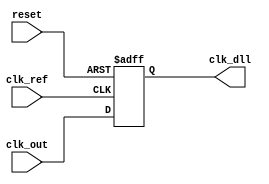
module dll (
    input wire clk_ref,          // Reference clock input
    input wire clk_out,          // Output clock
    input wire reset,            // Asynchronous reset
    output reg clk_dll           // DLL output clock
);

    // Parameters
    parameter NUM_DELAY_ELEMENTS = 8; // Number of delay elements
    parameter DELAY_STEP = 1;          // Delay step size

    // Internal signals
    reg [NUM_DELAY_ELEMENTS-1:0] delay_elements; // Delay elements control
    reg [3:0] error_signal;                   // Phase error signal
    reg [3:0] delay_setting;                   // Current delay setting
    reg [3:0] delay_memory [0:NUM_DELAY_ELEMENTS-1]; // Memory blocks for delay values

    // Phase Detector
    always @(posedge clk_ref or posedge reset) begin
        if (reset) begin
            error_signal <= 0;
        end else begin
            // Simple phase detection logic (leading/lagging)
            if (clk_out) begin
                error_signal <= error_signal + 1; // Increment if clk_out is leading
            end else begin
                error_signal <= error_signal - 1; // Decrement if clk_out is lagging
            end
        end
    end

    // Control Logic
    always @(posedge clk_ref or posedge reset) begin
        if (reset) begin
            delay_setting <= 0;
        end else begin
            // Adjust delay setting based on error signal
            if (error_signal > 0) begin
                if (delay_setting < NUM_DELAY_ELEMENTS - 1) begin
                    delay_setting <= delay_setting + DELAY_STEP; // Increase delay
                end
            end else if (error_signal < 0) begin
                if (delay_setting > 0) begin
                    delay_setting <= delay_setting - DELAY_STEP; // Decrease delay
                end
            end
        end
    end

    // Delay Line
    always @(posedge clk_ref or posedge reset) begin
        if (reset) begin
            delay_elements <= 0; // Initialize delay elements
        end else begin
            // Update delay elements based on delay setting
            delay_elements <= (1 << delay_setting) - 1; // Enable delay elements
        end
    end

    // Output Clock Generation
    always @(posedge clk_ref or posedge reset) begin
        if (reset) begin
            clk_dll <= 0;
        end else begin
            // Generate output clock based on delay elements
            clk_dll <= clk_out; // This is a placeholder; actual delay logic needs to be implemented
        end
    end

endmodule